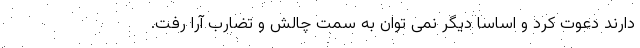
دارند دعوت کرد و اساساً دیگر نمی توان به سمت چالش و تضارب آرا رفت.